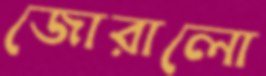
জোরালো